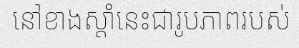
នៅខាងស្តាំនេះជារូបភាពរបស់